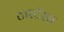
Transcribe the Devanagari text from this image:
टारटॅरस